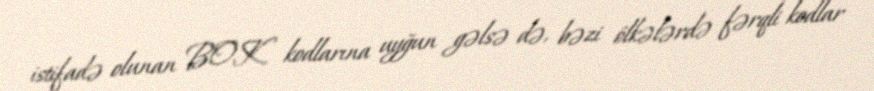
istifadə olunan BOK kodlarına uyğun gəlsə də, bəzi ölkələrdə fərqli kodlar